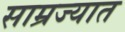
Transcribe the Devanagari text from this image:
साम्रज्यात